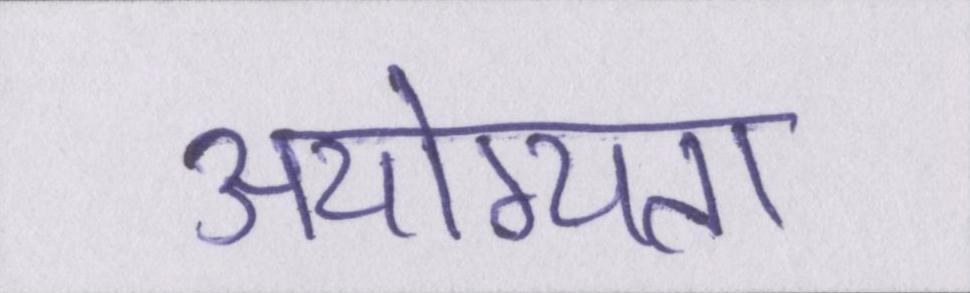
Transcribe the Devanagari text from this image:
अयोग्यता